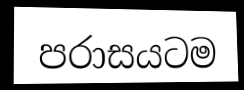
පරාසයටම